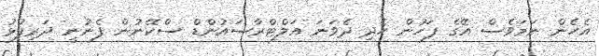
އެހެން ނަމަވެސް އޭގެ ފަހުން ހެދި ދެވަނަ އަލްޓްރާސައުންޑް ސްކޭނުން ފެނުނީ ދަރިފުޅު